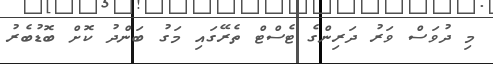
މި ދުވަސް ވަރު ދަރިންގެ ޓެސްޓް ތެރޭގައި މަގު ބަންދު ކޮށް ބޮޑުބެރު